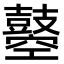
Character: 𪔣